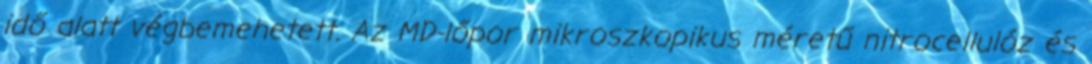
idő alatt végbemehetett. Az MD-lőpor mikroszkopikus méretű nitrocellulóz és